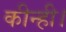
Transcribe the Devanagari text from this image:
कीन्ही।